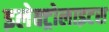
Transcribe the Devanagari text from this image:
इलेक्ट्रोलाइटस